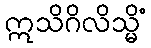
ဣသိဂိလိသ္မိံ